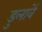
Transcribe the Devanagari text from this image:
डुलावें